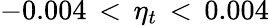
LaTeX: -0.004\, <\, \eta_{t}\, <\, 0.004